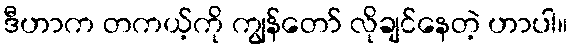
ဒီဟာက တကယ့်ကို ကျွန်တော် လိုချင်နေတဲ့ ဟာပါ။